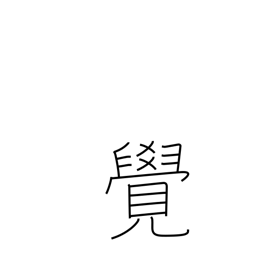
Meaning: memorize